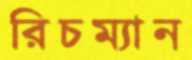
রিচম্যান